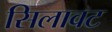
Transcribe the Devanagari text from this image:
सिलावट